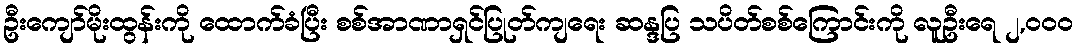
ဦးကျော်မိုးထွန်းကို ထောက်ခံပြီး စစ်အာဏာရှင်ပြုတ်ကျရေး ဆန္ဒပြ သပိတ်စစ်ကြောင်းကို လူဦးရေ ၂,၀၀၀